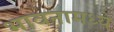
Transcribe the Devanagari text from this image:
भावनामध्ये